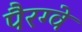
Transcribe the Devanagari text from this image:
पैरग्वे